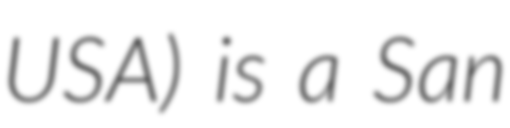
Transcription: USA) is a San